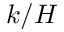
k / H